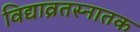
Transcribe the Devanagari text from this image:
विद्याव्रतस्नातक